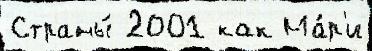
Страны́ 2001 как Ма́р'и